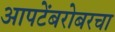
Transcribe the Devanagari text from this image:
आपटेंबरोबरचा